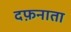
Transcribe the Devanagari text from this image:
दफ़नाता